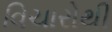
વિચારોથી